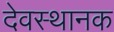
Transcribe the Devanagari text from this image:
देवस्थानक